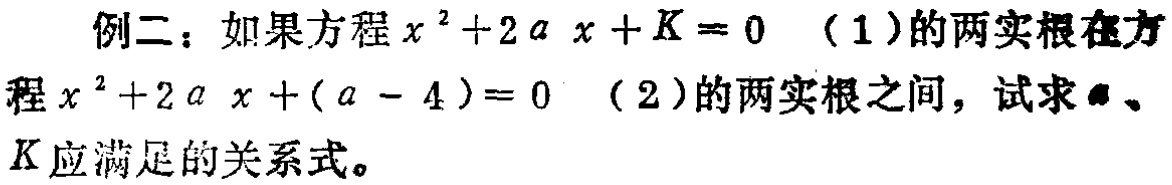
例二：如果方程\(x^{2}+2ax + K = 0\)（1）的两实根在方程\(x^{2}+2ax+(a - 4)=0\)（2）的两实根之间，试求\(a\)、\(K\)应满足的关系式。